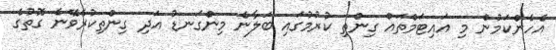
އެހެންކަމުން މި އައިޓަމްތައް ގިންތި ކުރުމުގައި ބަލާނެ މިންގަނޑު އަދި ގިންތިކުރެވޭނެ ގޮތުގެ